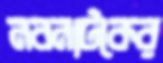
নবনাটকের